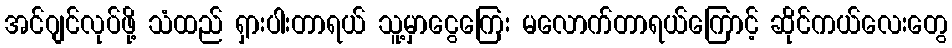
အင်ဂျင်လုပ်ဖို့ သံထည် ရှားပါးတာရယ် သူ့မှာငွေကြေး မလောက်တာရယ်ကြောင့် ဆိုင်ကယ်လေးတွေ